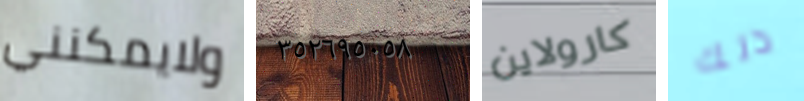
ولايمكنني ٣٥٢٦٩٥٠٥٨ كارولاين ذلك